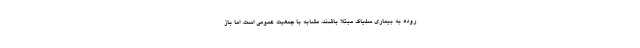
روده به بیماری سلیاک مبتلا باشند، مشابه با جمعیت عمومی است. اما باز